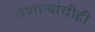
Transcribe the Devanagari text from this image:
नेणाऱ्यांचीही